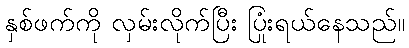
နှစ်ဖက်ကို လှမ်းလိုက်ပြီး ပြုံးရယ်နေသည်။